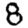
Digit: 8